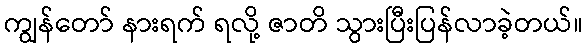
ကျွန်တော် နားရက် ရလို့ ဇာတိ သွားပြီးပြန်လာခဲ့တယ်။